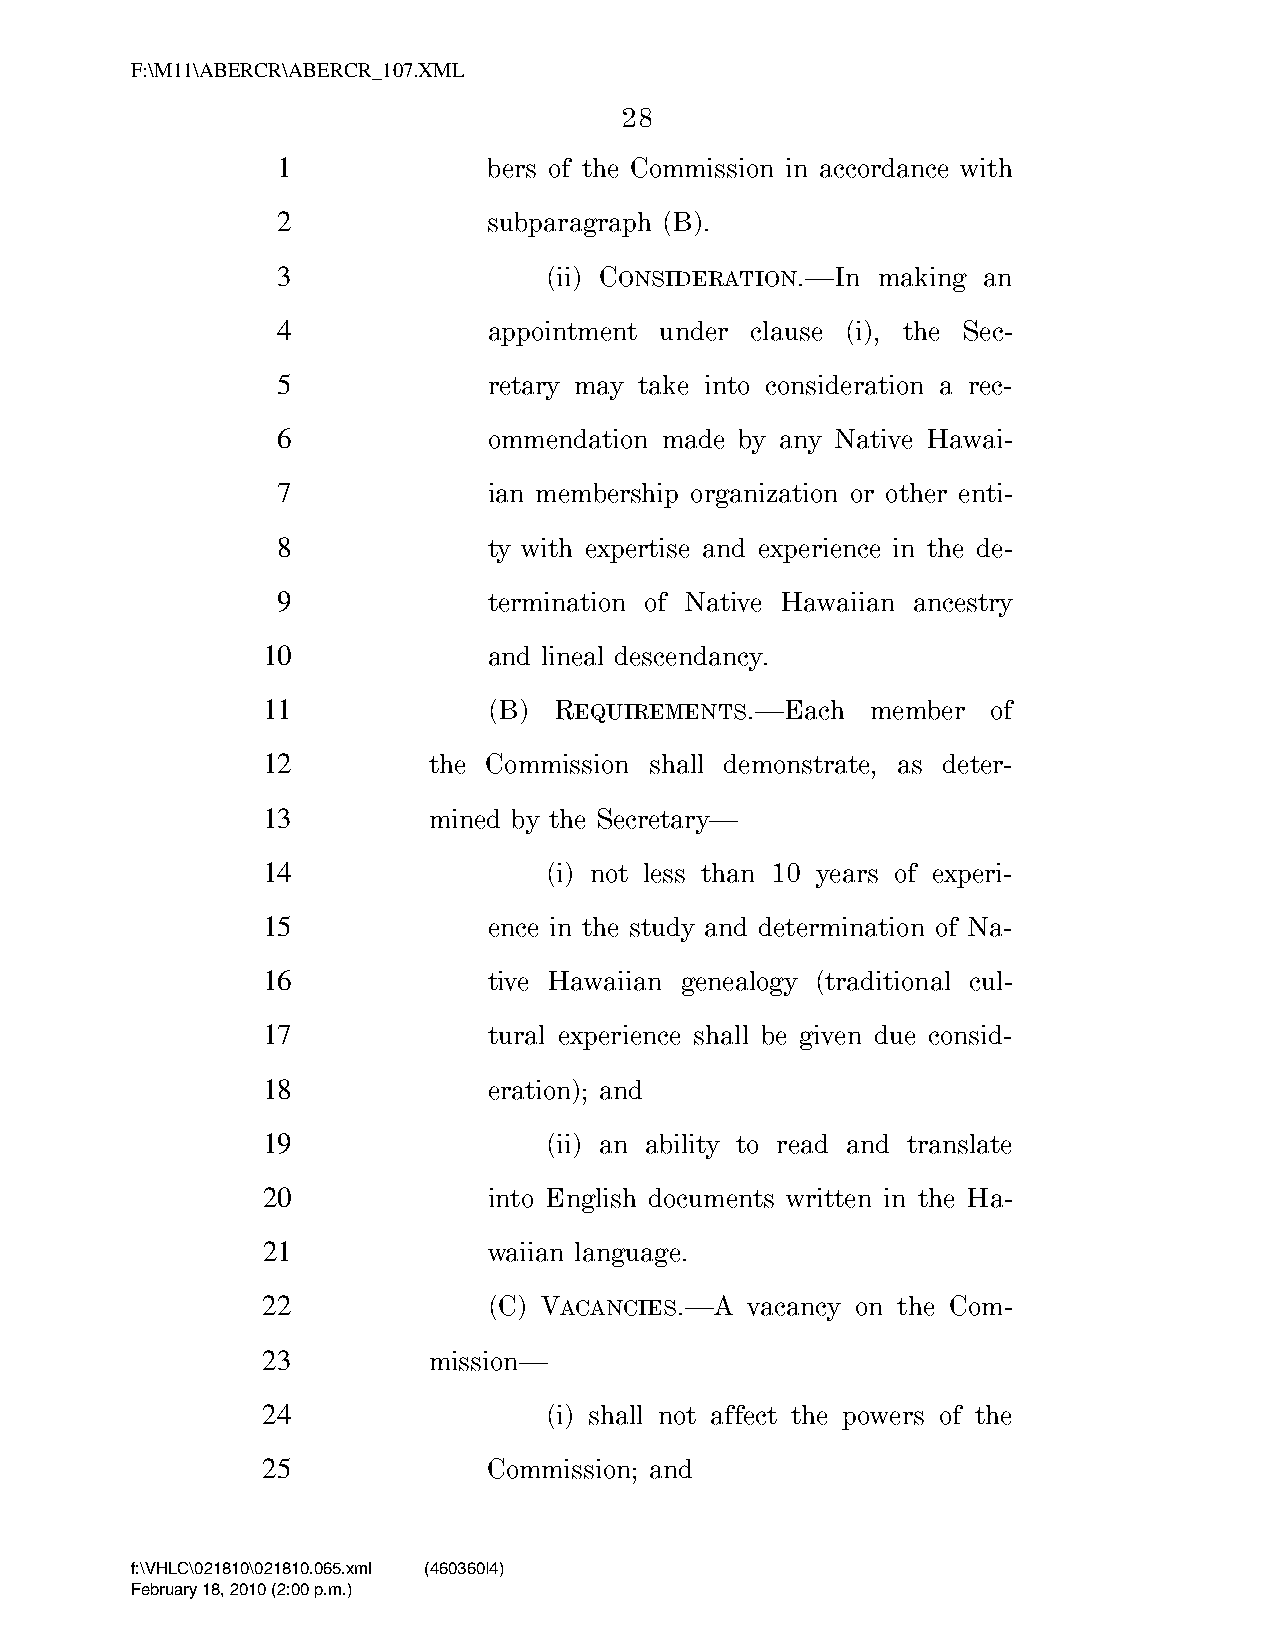
F:\M11\ABERCR\ABERCR_107.XML
 28
 1             bers of the Commission in accordance with
 2             subparagraph (B).
 3                 (ii) CONSIDERATION.—In making an
 4             appointment under clause (i), the Sec-
 5             retary may take into consideration a rec-
 6             ommendation made by any Native Hawai-
 7             ian membership organization or other enti-
 8             ty with expertise and experience in the de-
 9             termination of Native Hawaiian ancestry
 10             and lineal descendancy.
 11             (B)  REQUIREMENTS.—Each   member  of
 12         the Commission shall demonstrate, as deter-
 13         mined by the Secretary—
 14                 (i) not less than 10 years of experi-
 15             ence in the study and determination of Na-
 16             tive Hawaiian genealogy (traditional cul-
 17             tural experience shall be given due consid-
 18             eration); and
 19                 (ii) an ability to read and translate
 20             into English documents written in the Ha-
 21             waiian language.
 22             (C) VACANCIES.—A vacancy on the Com-
 23         mission—
 24                 (i) shall not affect the powers of the
 25             Commission; and
 f:\VHLC\021810\021810.065.xml (460360|4)
 February 18, 2010 (2:00 p.m.)
 VerDate Nov 24 2008 14:00 Feb 18, 2010 Jkt 000000 PO 00000 Frm 00028 Fmt 6652 Sfmt 6201 C:\TEMP\ABERCR_107.XML HOLCPC